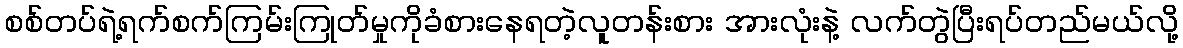
စစ်တပ်ရဲ့ရက်စက်ကြမ်းကြုတ်မှုကိုခံစားနေရတဲ့လူတန်းစား အားလုံးနဲ့ လက်တွဲပြီးရပ်တည်မယ်လို့